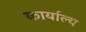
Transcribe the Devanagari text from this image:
कार्याल्य